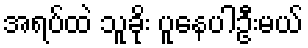
အရပ်ထဲ သူခိုး ပူနေပါဦးမယ်